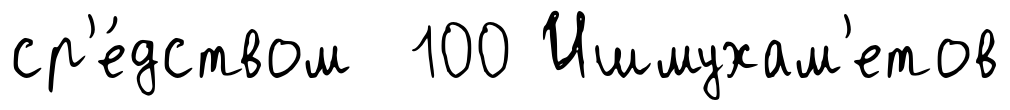
ср'е́дством 100 Ишмухам'етов